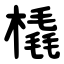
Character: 橇